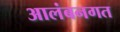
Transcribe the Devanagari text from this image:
आलंबनगत